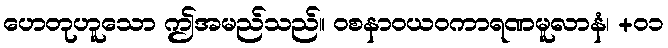
ဟေတုဟူသော ဤအမည်သည်။ ဝစနာဝယဝကာရဏမူလာနံ၊ +၀၁